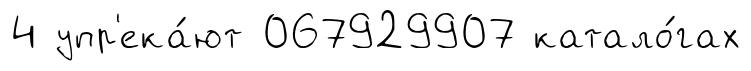
4 упр'ека́ют 067929907 катало́гах